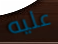
عليه